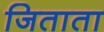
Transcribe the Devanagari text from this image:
जिताता